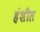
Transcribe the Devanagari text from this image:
हंशील